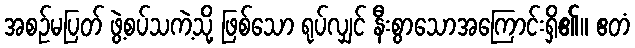
အစဉ်မပြတ် ဖွဲ့စပ်သကဲ့သို့ ဖြစ်သော ရုပ်လျှင် နီးစွာသောအကြောင်းရှိ၏။ ဧတံ